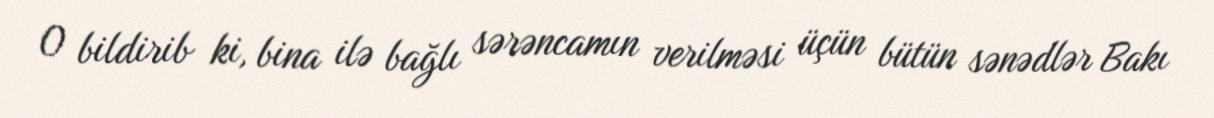
O bildirib ki, bina ilə bağlı sərəncamın verilməsi üçün bütün sənədlər Bakı